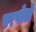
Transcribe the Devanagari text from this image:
परपोतो